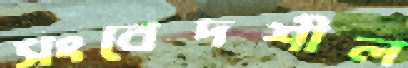
সংবেদশীল